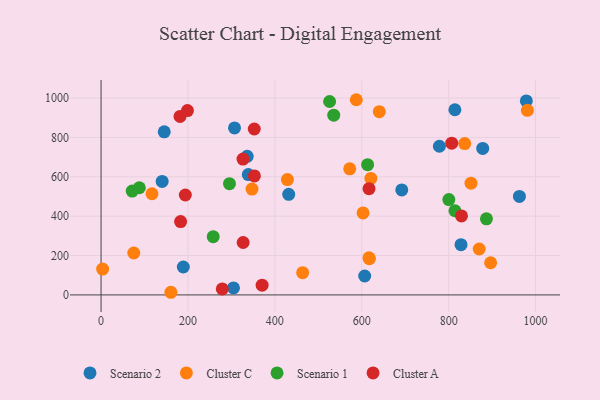
{"axis": {"x": "Investment", "y": "Rating"}, "legend": ["Cluster A", "Cluster C", "Scenario 1", "Scenario 2"], "data": [{"x": "814.4", "y": 940.4, "type": "Scenario 2"}, {"x": "828.5", "y": 255.1, "type": "Scenario 2"}, {"x": "338.9", "y": 611.1, "type": "Scenario 2"}, {"x": "336.3", "y": 703.7, "type": "Scenario 2"}, {"x": "307.2", "y": 847.8, "type": "Scenario 2"}, {"x": "304.8", "y": 35.4, "type": "Scenario 2"}, {"x": "431.9", "y": 510.9, "type": "Scenario 2"}, {"x": "189.3", "y": 141.8, "type": "Scenario 2"}, {"x": "978.8", "y": 985.3, "type": "Scenario 2"}, {"x": "778.7", "y": 754.9, "type": "Scenario 2"}, {"x": "140.6", "y": 576.1, "type": "Scenario 2"}, {"x": "878.4", "y": 743.7, "type": "Scenario 2"}, {"x": "692.1", "y": 533.4, "type": "Scenario 2"}, {"x": "962.9", "y": 499.9, "type": "Scenario 2"}, {"x": "606.8", "y": 96.0, "type": "Scenario 2"}, {"x": "145.4", "y": 828.0, "type": "Scenario 2"}, {"x": "75.3", "y": 212.8, "type": "Cluster C"}, {"x": "3.6", "y": 131.1, "type": "Cluster C"}, {"x": "572.3", "y": 640.2, "type": "Cluster C"}, {"x": "837.0", "y": 768.5, "type": "Cluster C"}, {"x": "870.4", "y": 233.1, "type": "Cluster C"}, {"x": "603.0", "y": 416.1, "type": "Cluster C"}, {"x": "616.6", "y": 188.4, "type": "Cluster C"}, {"x": "428.9", "y": 585.7, "type": "Cluster C"}, {"x": "464.0", "y": 112.8, "type": "Cluster C"}, {"x": "160.7", "y": 13.4, "type": "Cluster C"}, {"x": "981.2", "y": 937.4, "type": "Cluster C"}, {"x": "117.2", "y": 513.7, "type": "Cluster C"}, {"x": "621.0", "y": 591.7, "type": "Cluster C"}, {"x": "587.4", "y": 991.2, "type": "Cluster C"}, {"x": "617.6", "y": 183.9, "type": "Cluster C"}, {"x": "896.6", "y": 163.3, "type": "Cluster C"}, {"x": "640.4", "y": 930.4, "type": "Cluster C"}, {"x": "347.4", "y": 537.6, "type": "Cluster C"}, {"x": "851.4", "y": 567.5, "type": "Cluster C"}, {"x": "295.6", "y": 564.9, "type": "Scenario 1"}, {"x": "71.7", "y": 527.3, "type": "Scenario 1"}, {"x": "88.1", "y": 544.2, "type": "Scenario 1"}, {"x": "535.5", "y": 912.9, "type": "Scenario 1"}, {"x": "258.1", "y": 295.9, "type": "Scenario 1"}, {"x": "613.5", "y": 661.3, "type": "Scenario 1"}, {"x": "526.0", "y": 982.3, "type": "Scenario 1"}, {"x": "887.0", "y": 386.2, "type": "Scenario 1"}, {"x": "814.5", "y": 427.3, "type": "Scenario 1"}, {"x": "800.5", "y": 484.0, "type": "Scenario 1"}, {"x": "183.1", "y": 372.2, "type": "Cluster A"}, {"x": "352.9", "y": 604.0, "type": "Cluster A"}, {"x": "370.7", "y": 49.7, "type": "Cluster A"}, {"x": "327.0", "y": 266.1, "type": "Cluster A"}, {"x": "279.0", "y": 30.3, "type": "Cluster A"}, {"x": "616.7", "y": 539.4, "type": "Cluster A"}, {"x": "352.6", "y": 842.6, "type": "Cluster A"}, {"x": "198.8", "y": 936.2, "type": "Cluster A"}, {"x": "326.7", "y": 689.8, "type": "Cluster A"}, {"x": "807.1", "y": 770.5, "type": "Cluster A"}, {"x": "193.9", "y": 507.4, "type": "Cluster A"}, {"x": "829.6", "y": 401.0, "type": "Cluster A"}, {"x": "181.8", "y": 906.6, "type": "Cluster A"}]}